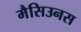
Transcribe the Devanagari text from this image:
मैसिउनस